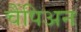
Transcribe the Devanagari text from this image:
चैंपिअन